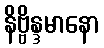
နိဗ္ဗိန္ဒမာနော